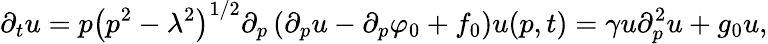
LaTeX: \partial_{t}u=p\left(p^{2}-\lambda^{2}\right)^{1/2}\partial_{p}\left(\partial_{p}u-\partial_{p}\varphi_{0}+f_{0}\right)u(p,t)=\gamma u\partial_{p}^{2}u+g_{0}u,